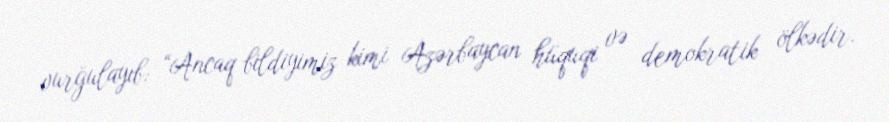
vurğulayıb: “Ancaq bildiyimiz kimi Azərbaycan hüquqi və demokratik ölkədir.